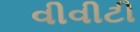
વીવીટી